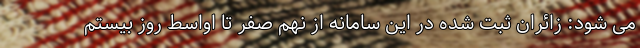
می شود: زائران ثبت شده در این سامانه از نهم صفر تا اواسط روز بیستم